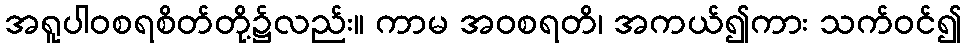
အရူပါဝစရစိတ်တို့၌လည်း။ ကာမ အဝစရတိ၊ အကယ်၍ကား သက်ဝင်၍